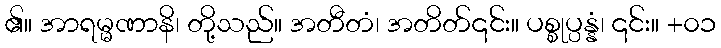
၏။ အာရမ္မဏာနိ၊ တို့သည်။ အတီတံ၊ အတိတ်၎င်း။ ပစ္စုပ္ပန္နံ၊ ၎င်း။ +၀၁